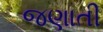
જણાતી